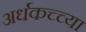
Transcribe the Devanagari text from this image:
अर्धकच्च्या